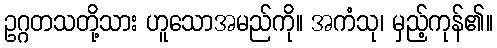
ဥဂ္ဂတသတို့သား ဟူသောအမည်ကို။ အကံသု၊ မှည့်ကုန်၏။